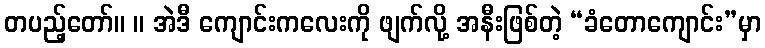
တပည့်တော်။ ။ အဲဒီ ကျောင်းကလေးကို ဖျက်လို့ အနီးဖြစ်တဲ့ “ခံတောကျောင်း”မှာ